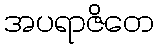
အပရာဇိတေ